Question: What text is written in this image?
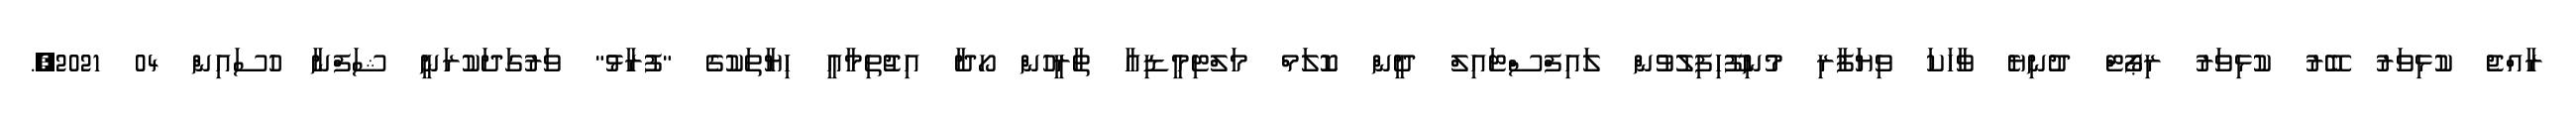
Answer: ރާއްޖެ ކުޅިވަރު ބޭރު ކުޅިވަރު ރިޕޯޓް ދުނިޔެ ވާހަކަ ވިޔަފާރި މުނިފޫހިފިލުވުން ލައިފްސްޓައިލް ދީން ކޮލަމް މަލްޓިމީޑިއާ ތާރީހުން ހޯދާ އިޖުތިމާއީ ހިޔާތަކުގެ "ފުރާޅު" ވަރުގަދަކުރަނީ ޝަފްނާ ހުސައިން 04 2021,.